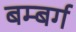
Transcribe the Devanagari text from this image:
बम्बर्ग